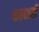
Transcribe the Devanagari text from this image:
बख्शती